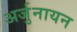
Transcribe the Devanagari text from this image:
अर्जुनायन